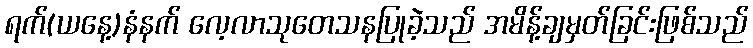
ရက်(ယနေ့)နံနက် လေ့လာသုတေသနပြုခဲ့သည် အမိန့်ချမှတ်ခြင်းဖြစ်သည်